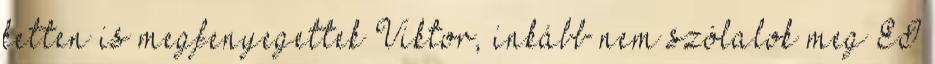
ketten is megfenyegettek Viktor, inkább nem szólalok meg EI